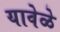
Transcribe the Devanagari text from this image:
यावेळे